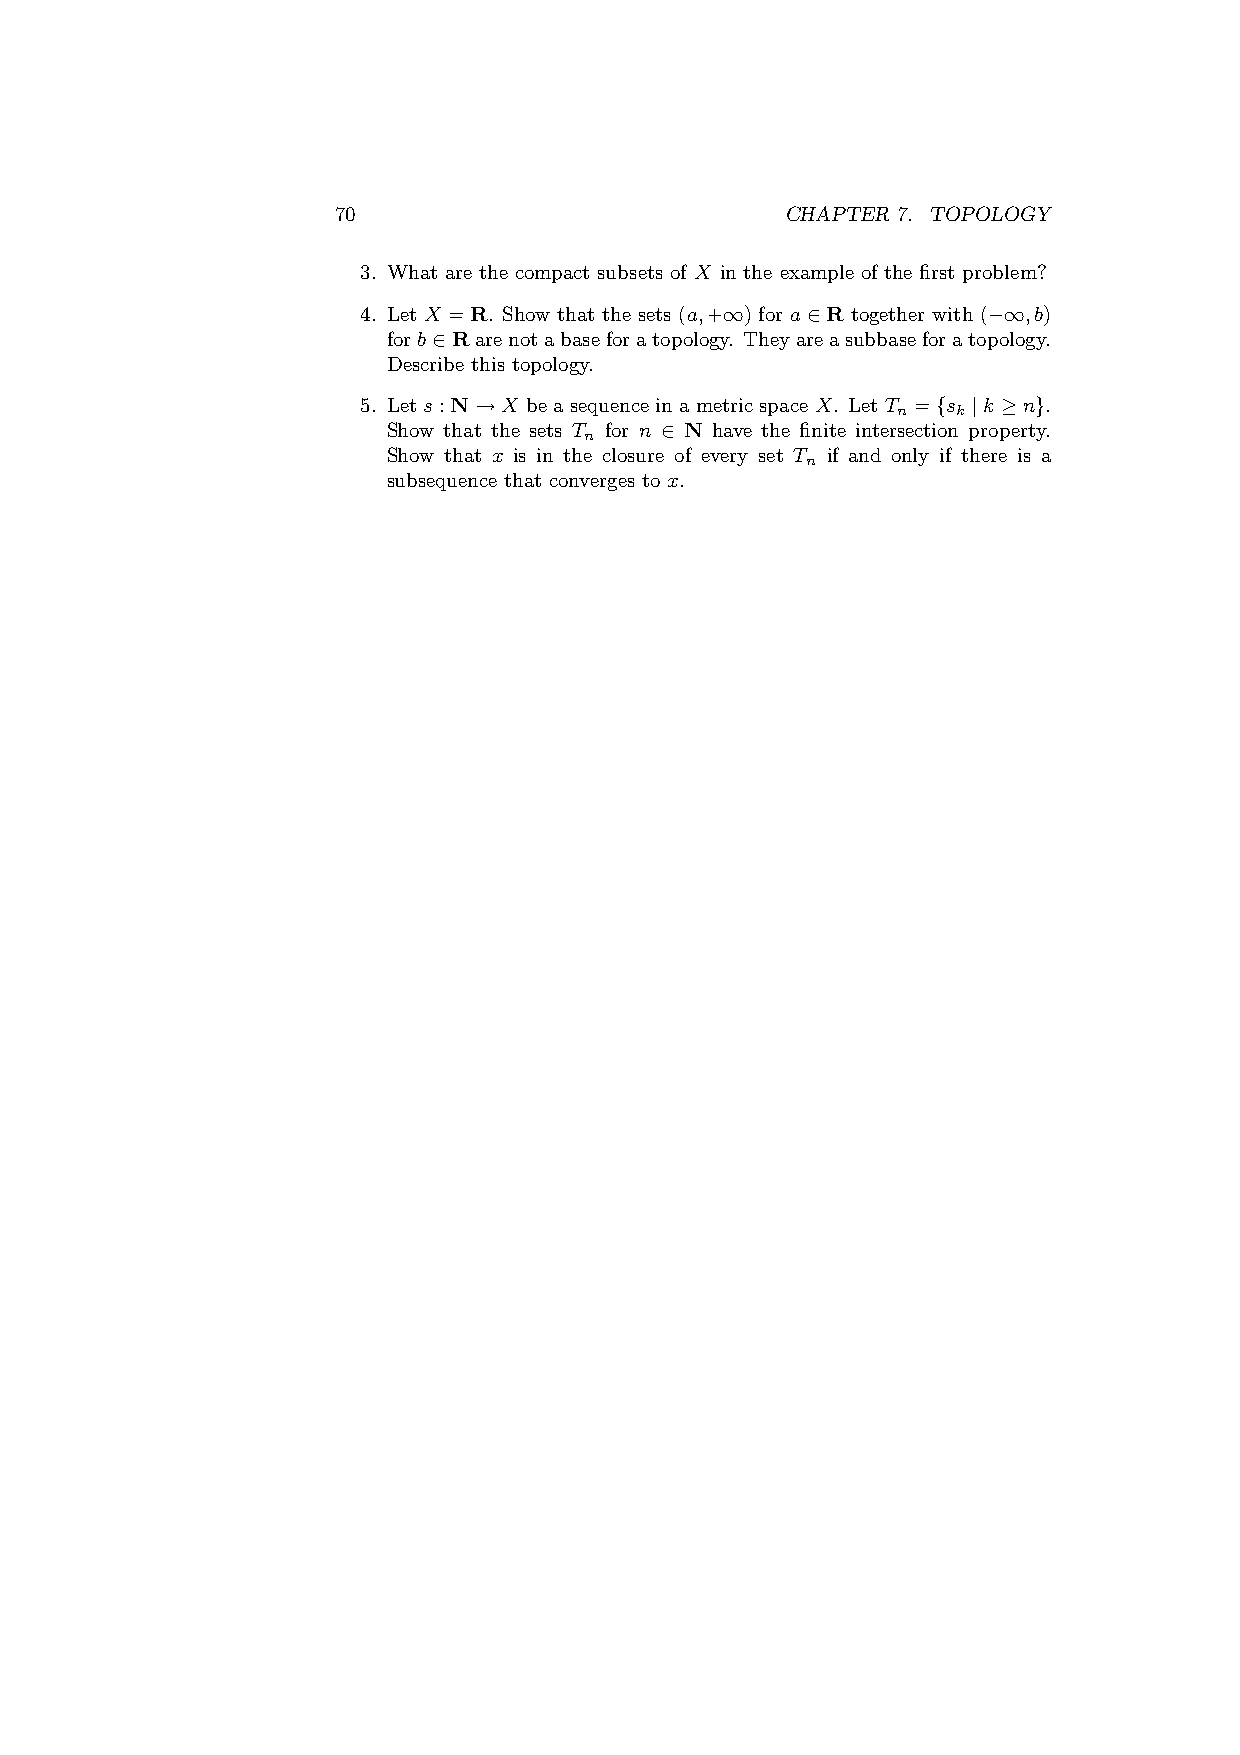
70                            CHAPTER 7. TOPOLOGY
 3. What are the compact subsets of X in the example of the first problem?
 4. Let X =R. Show that the sets (a,+∞) for a∈R together with (−∞,b)
 forb∈Rarenotabaseforatopology. Theyareasubbaseforatopology.
 Describe this topology.
 5. Lets:N→X beasequenceinametricspaceX. LetT ={s |k ≥n}.
 n   k
 Show that the sets T for n ∈ N have the finite intersection property.
 n
 Show that x is in the closure of every set T if and only if there is a
 n
 subsequence that converges to x.